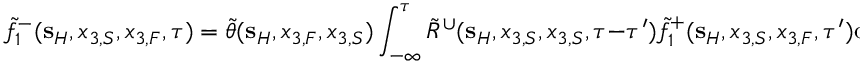
\tilde { f } _ { 1 } ^ { - } ( { \bf s } _ { H } , x _ { 3 , S } , x _ { 3 , F } , \tau ) = \tilde { \theta } ( { \bf s } _ { H } , x _ { 3 , F } , x _ { 3 , S } ) \int _ { - \infty } ^ { \tau } \tilde { R } ^ { \cup } ( { \bf s } _ { H } , x _ { 3 , S } , x _ { 3 , S } , \tau - \tau ^ { \prime } ) \tilde { f } _ { 1 } ^ { + } ( { \bf s } _ { H } , x _ { 3 , S } , x _ { 3 , F } , \tau ^ { \prime } ) \mathrm { d } \tau ^ { \prime } ,